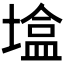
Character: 𪤒